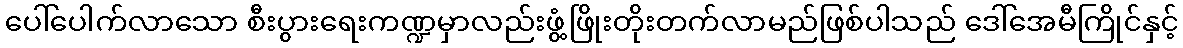
ပေါ်ပေါက်လာသော စီးပွားရေးကဏ္ဍမှာလည်းဖွံ့ဖြိုးတိုးတက်လာမည်ဖြစ်ပါသည် ဒေါ်အေမီကြိုင်နှင့်